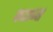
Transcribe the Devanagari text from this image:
काष्ठजा